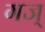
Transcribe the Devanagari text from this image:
गज्